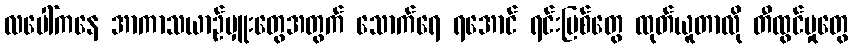
လပေါ်ကနေ အာကာသယာဉ်မှူးတွေအတွက် သောက်ရေ ရအောင် ရင်းမြစ်တွေ ထုတ်ယူတာလို တီထွင်မှုတွေ